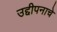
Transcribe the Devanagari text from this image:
उद्दीपनाचे